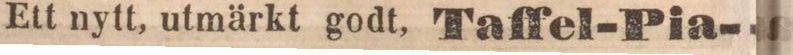
Ett nytt, utmärkt godt, Taffel-Pia-